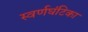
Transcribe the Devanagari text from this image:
स्वर्णघंटिका